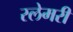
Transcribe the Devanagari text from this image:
स्लेमरी